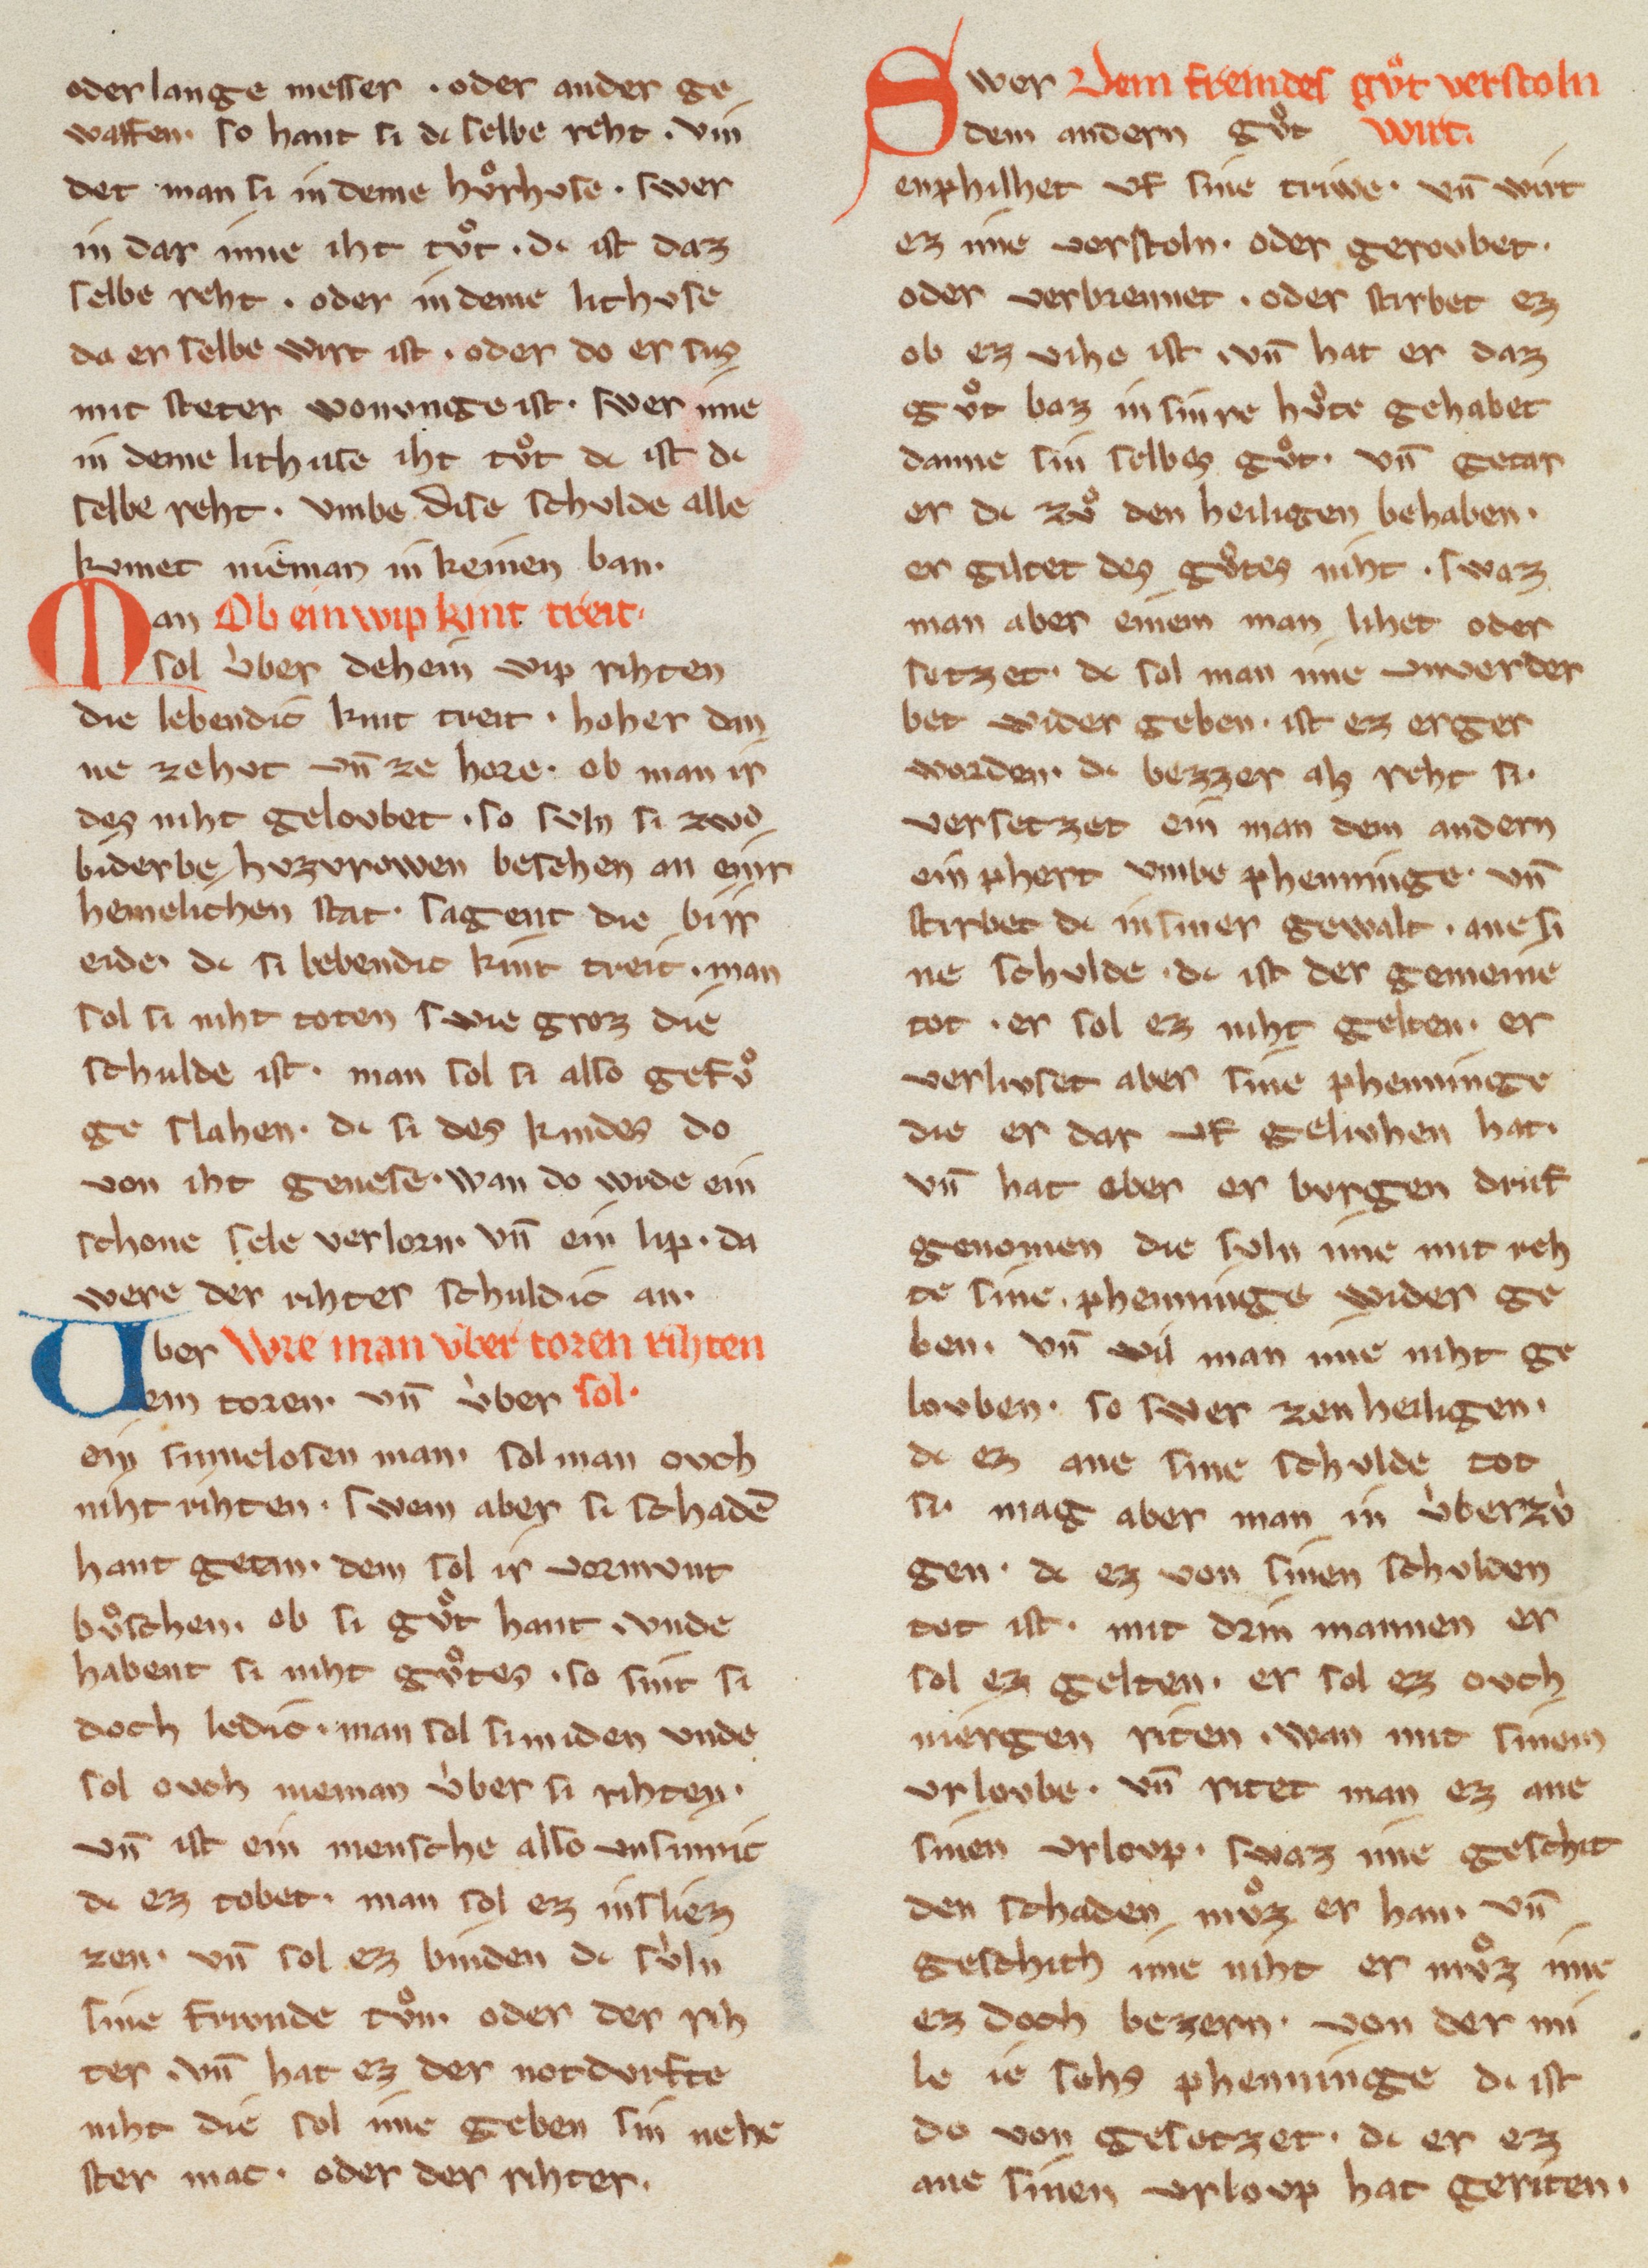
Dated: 1270–1330